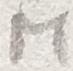
Text: M